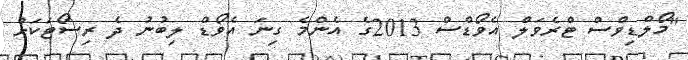
"މޯލްޑިވްސް ޓްރެވަލް އެވޯޑްސް 2013ގެ އެންމެ ގިނަ އެވޯޑް ލިބުނު ދެ ރިސޯޓަކަށް